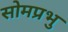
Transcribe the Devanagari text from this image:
सोमप्रभु